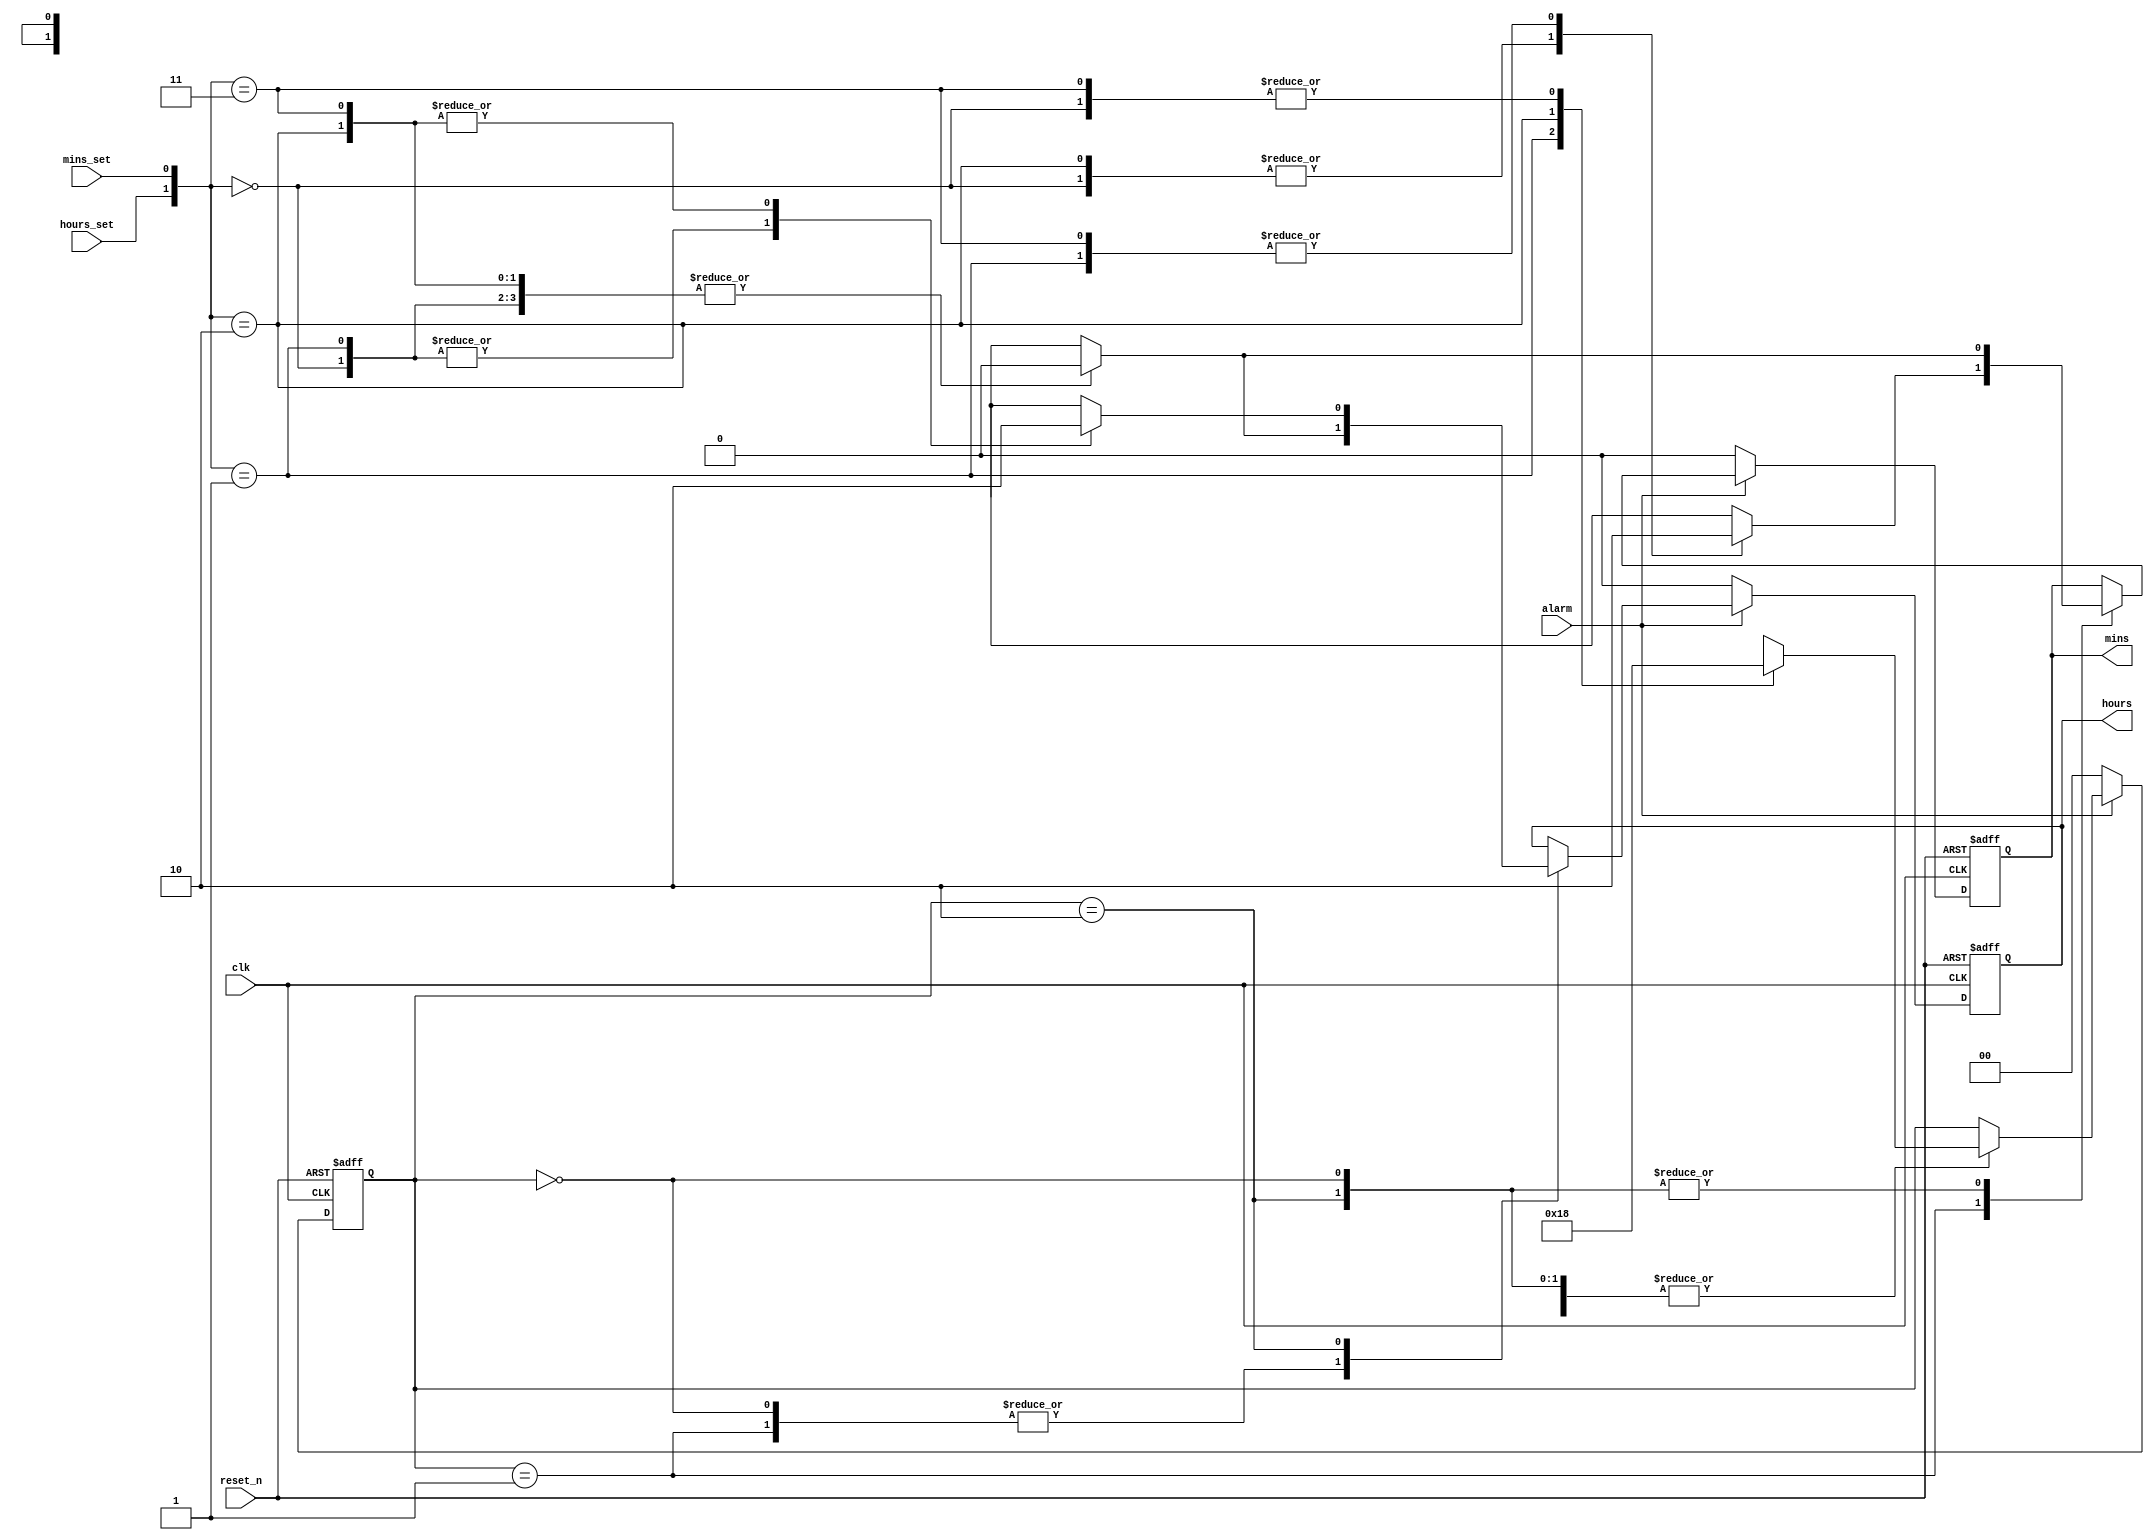
module ALARM_STATE_MACHINE(
    input   wire    reset_n,
                    clk,
                    alarm,
                    hours_set,
                    mins_set,
    output  reg     hours,
                    mins
);

    parameter   IDLE    = 2'b00, 
                MINS_S  = 2'b01, 
                HOURS_S = 2'b10, 
                BOTH    = 2'b11;

    reg [1 : 0] state;

    always @(posedge clk, negedge reset_n) begin
        if(!reset_n) begin
            hours = 0;
            mins  = 0;
            state = 0;     
        end  
        else if(alarm) begin
            case(state)
                IDLE: begin
                    case({hours_set, mins_set})
                        IDLE: begin
                            state = IDLE;
                            hours = 0;
                            mins  = 0;
                        end

                        MINS_S: begin
                            state = MINS_S;
                            hours = 0;
                            mins  = 0;
                        end

                        HOURS_S: begin
                            state = HOURS_S;
                            hours = 0;
                            mins  = 0;
                        end

                        BOTH: begin
                            state = IDLE;
                            hours = 0;
                            mins  = 0;
                        end
                
                    endcase
                end
                    
                MINS_S: begin
                    
                    case({hours_set, mins_set})
                        IDLE: begin
                            state = IDLE;
                            hours = 0;
                            mins  = 1;
                        end

                        MINS_S: begin
                            state = MINS_S;
                            hours = 0;
                            mins  = 0;
                        end

                        HOURS_S: begin
                            state = HOURS_S;
                            hours = 0;
                            mins  = 1;
                        end

                        BOTH: begin
                            state = IDLE;
                            hours = 0;
                            mins  = 0;
                        end
                    endcase
                
                end
                    
                HOURS_S: begin
                    case({hours_set, mins_set})
                        IDLE: begin
                            state = IDLE;
                            hours = 1;
                            mins  = 0;
                        end

                        MINS_S: begin
                            state = MINS_S;
                            hours = 1;
                            mins  = 0;
                        end

                        HOURS_S: begin
                            state = HOURS_S;
                            hours = 0;
                            mins  = 0;
                        end

                        BOTH: begin
                            state = IDLE;
                            hours = 0;
                            mins  = 0;
                        end
                    endcase
                end
            endcase
        end    
        else begin
            hours = 0;
            mins  = 0;
            state = 0;  
        end
    end
endmodule